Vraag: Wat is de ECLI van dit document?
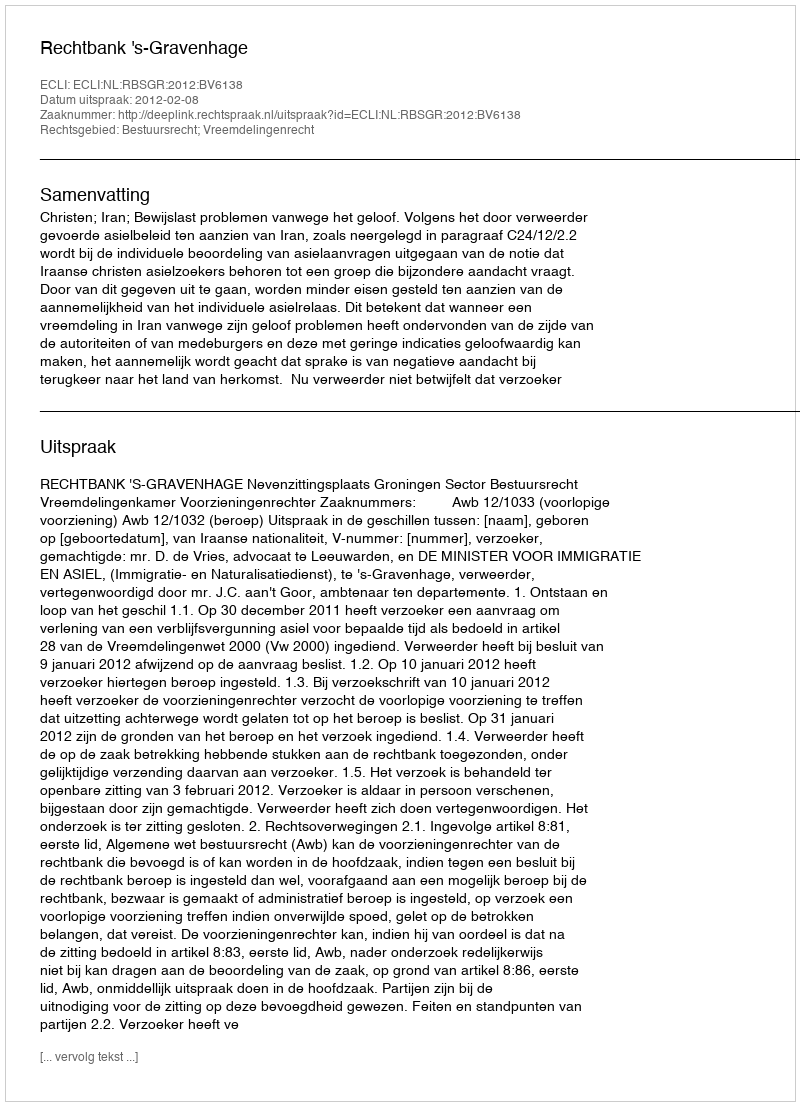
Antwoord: ECLI:NL:RBSGR:2012:BV6138